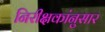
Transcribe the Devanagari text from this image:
निरीक्षकांनुसार